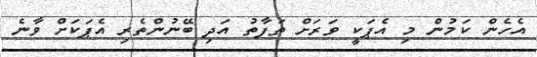
އެހެން ކަމުން މި އެޕަކީ ވަރަށް ތަފާތު އަދި ބޭނުންތެރި އެޕަކަށް ވާނެ